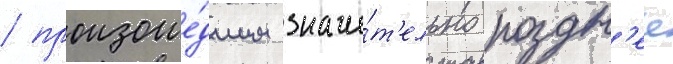
/ произоше́дшим значи́т'ельно поздн'ее